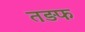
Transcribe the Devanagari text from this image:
तड़फ